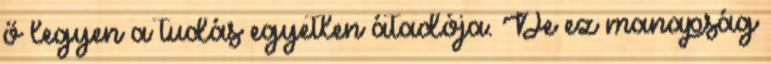
ő legyen a tudás egyetlen átadója. De ez manapság